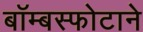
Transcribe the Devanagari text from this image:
बॉम्बस्फोटाने